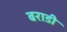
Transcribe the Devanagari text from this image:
बराडी